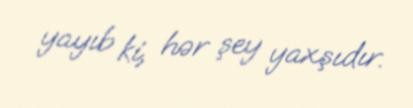
yayıb ki, hər şey yaxşıdır.